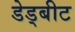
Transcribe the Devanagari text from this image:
डेड्बीट